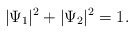
\begin{align*}|\Psi_1|^2+|\Psi_2|^2=1. \end{align*}